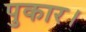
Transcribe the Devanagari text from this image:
पुकार।